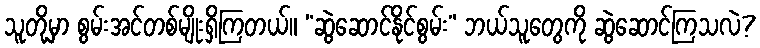
သူတို့မှာ စွမ်းအင်တစ်မျိုးရှိကြတယ်။ “ဆွဲဆောင်နိုင်စွမ်း” ဘယ်သူတွေကို ဆွဲဆောင်ကြသလဲ?